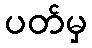
ပတ်မှ